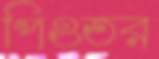
পিওতর